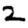
Digit: 2